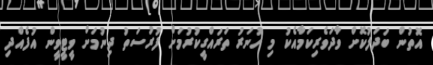
އޮތުން ބަދަލުކޮށް ވާދަވެރިކަމާއެކު މި ހުނަރު ތަރައްގީކުރުމަށް ފުރުސަތު ދިނުމަށް ވީޓީވީން އުފެއްދި